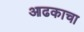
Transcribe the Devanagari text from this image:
आढकाचा